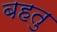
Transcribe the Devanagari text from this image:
बहतु